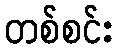
တစ်စင်း